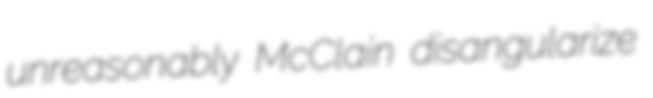
unreasonably McClain disangularize